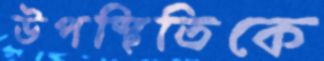
উপস্থিতিকে